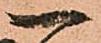
一